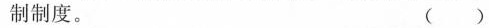
制制度。 ()